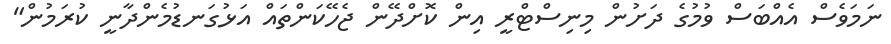
ނަމަވެސް އެއްބަސް ވުމުގެ ދަށުން މިނިސްޓްރީ އިން ކޮށްދޭން ޖެހޭކަންތައް އަޅުގަނޑުމެންދާނީ ކުރަމުން"